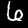
Label: 6